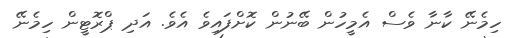
ހިމެނޭ ކާނާ ވެސް އެމީހުން ބޭނުން ކޮށްފައިވެ އެވެ. އަދި ޕްރޮޓީން ހިމެނޭ